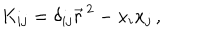
LaTeX: K _ { i j } = \delta _ { i j } \vec { r } ^ { \, 2 } - x _ { i } x _ { j } \, ,